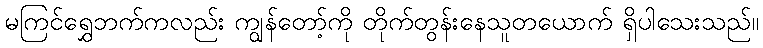
မကြင်ရွှေဘက်ကလည်း ကျွန်တော့်ကို တိုက်တွန်းနေသူတယောက် ရှိပါသေးသည်။